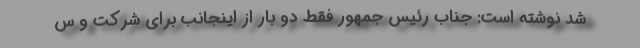
شد نوشته است: جناب رئیس جمهور فقط دو بار از اینجانب برای شرکت و س